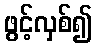
ဖွင့်လှစ်၍